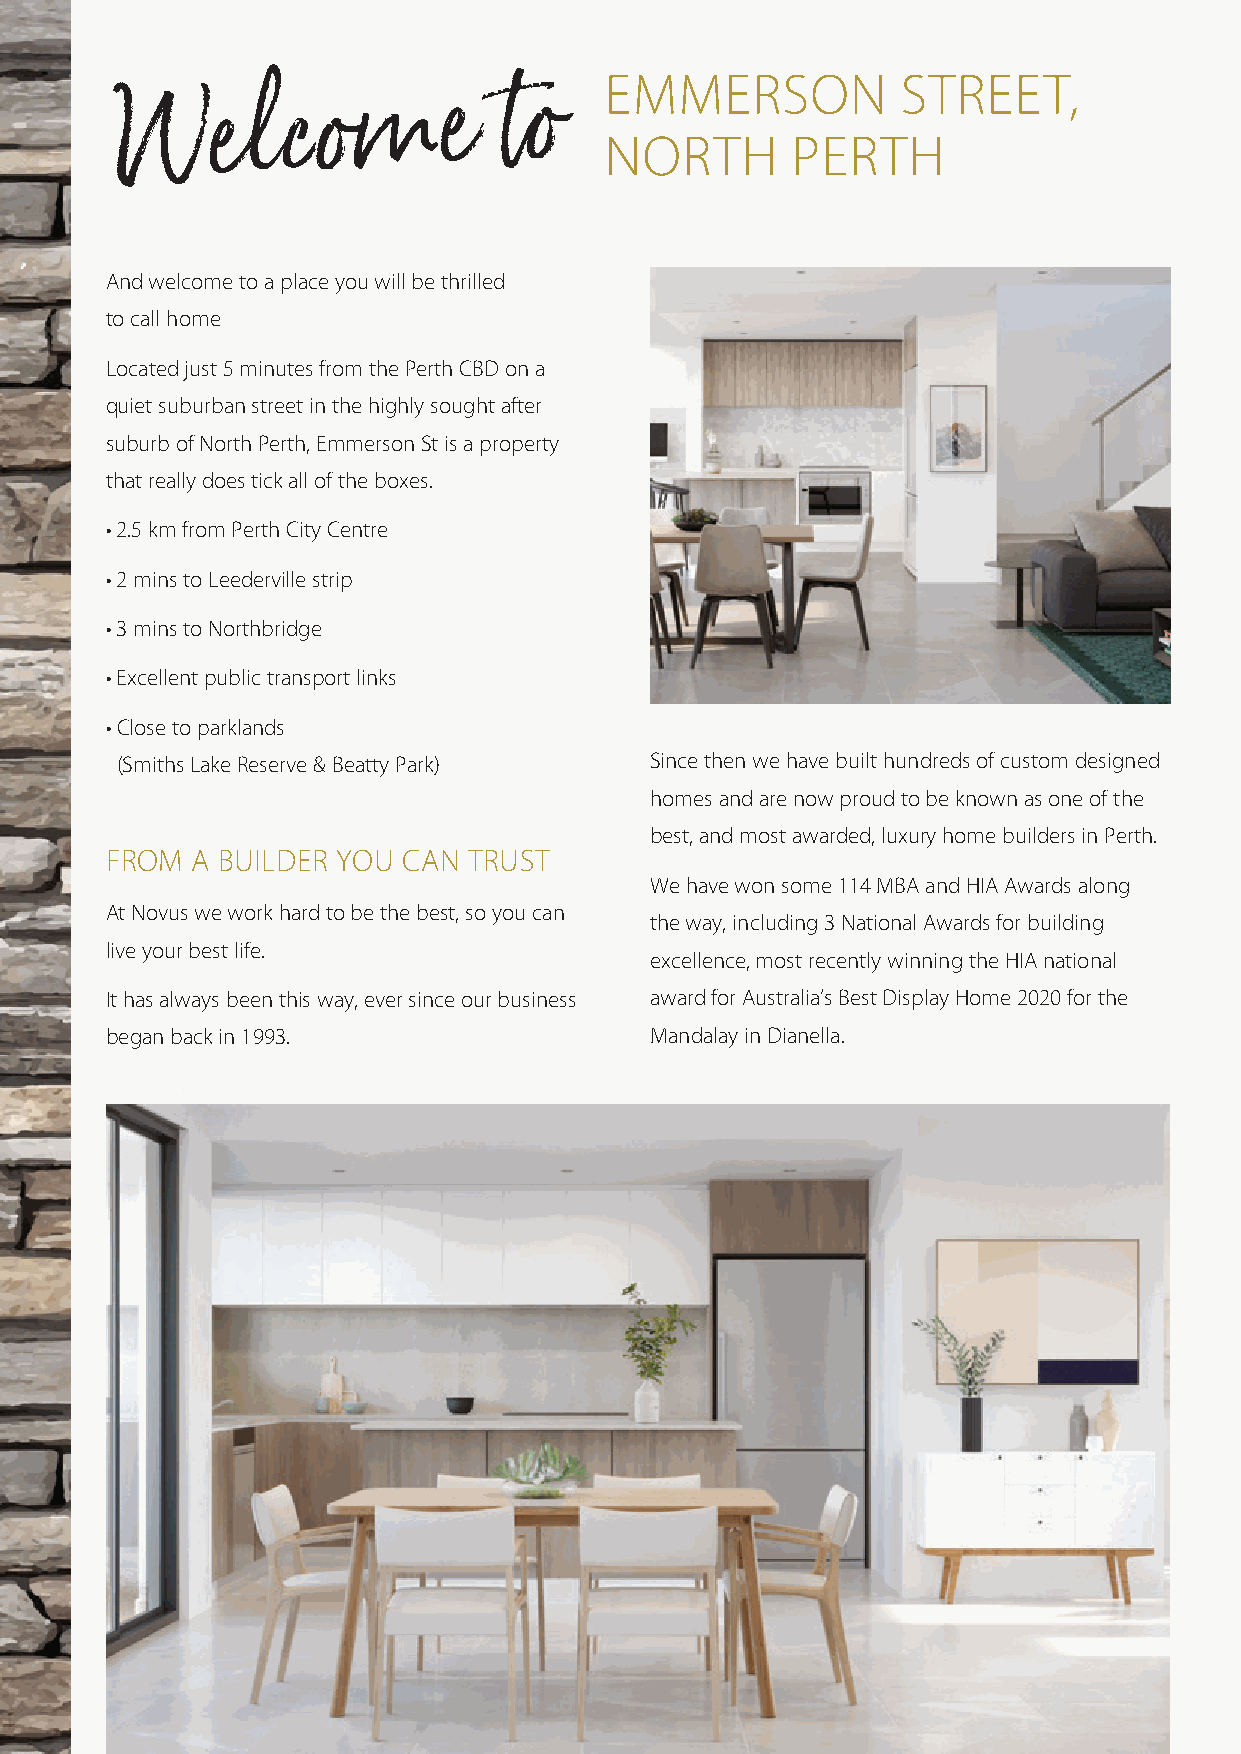
EMMERSON            STREET,
 Welcome                  to
 NORTH       PERTH
 And welcome to a place you will be thrilled
 to call home
 Located just 5 minutes from the Perth CBD on a
 quiet suburban street in the highly sought after
 suburb of North Perth, Emmerson St is a property
 that really does tick all of the boxes.
 • 2.5 km from Perth City Centre
 • 2 mins to Leederville strip
 • 3 mins to Northbridge
 • Excellent public transport links
 • Close to parklands
 (Smiths Lake Reserve & Beatty Park) Since then we have built hundreds of custom designed
 homes and are now proud to be known as one of the
 best, and most awarded, luxury home builders in Perth.
 FROM  A BUILDER YOU CAN TRUST
 We have won some 114 MBA and HIA Awards along
 At Novus we work hard to be the best, so you can
 the way, including 3 National Awards for building
 live your best life.
 excellence, most recently winning the HIA national
 It has always been this way, ever since our business award for Australia’s Best Display Home 2020 for the
 began back in 1993.                 Mandalay in Dianella.